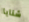
شنايا